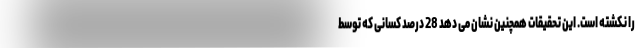
را نکشته است. این تحقیقات همچنین نشان می دهد 28 درصد کسانی که توسط